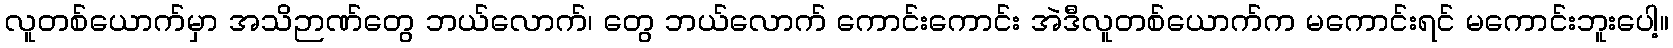
လူတစ်ယောက်မှာ အသိဉာဏ်တွေ ဘယ်လောက်၊ တွေ ဘယ်လောက် ကောင်းကောင်း အဲဒီလူတစ်ယောက်က မကောင်းရင် မကောင်းဘူးပေါ့။